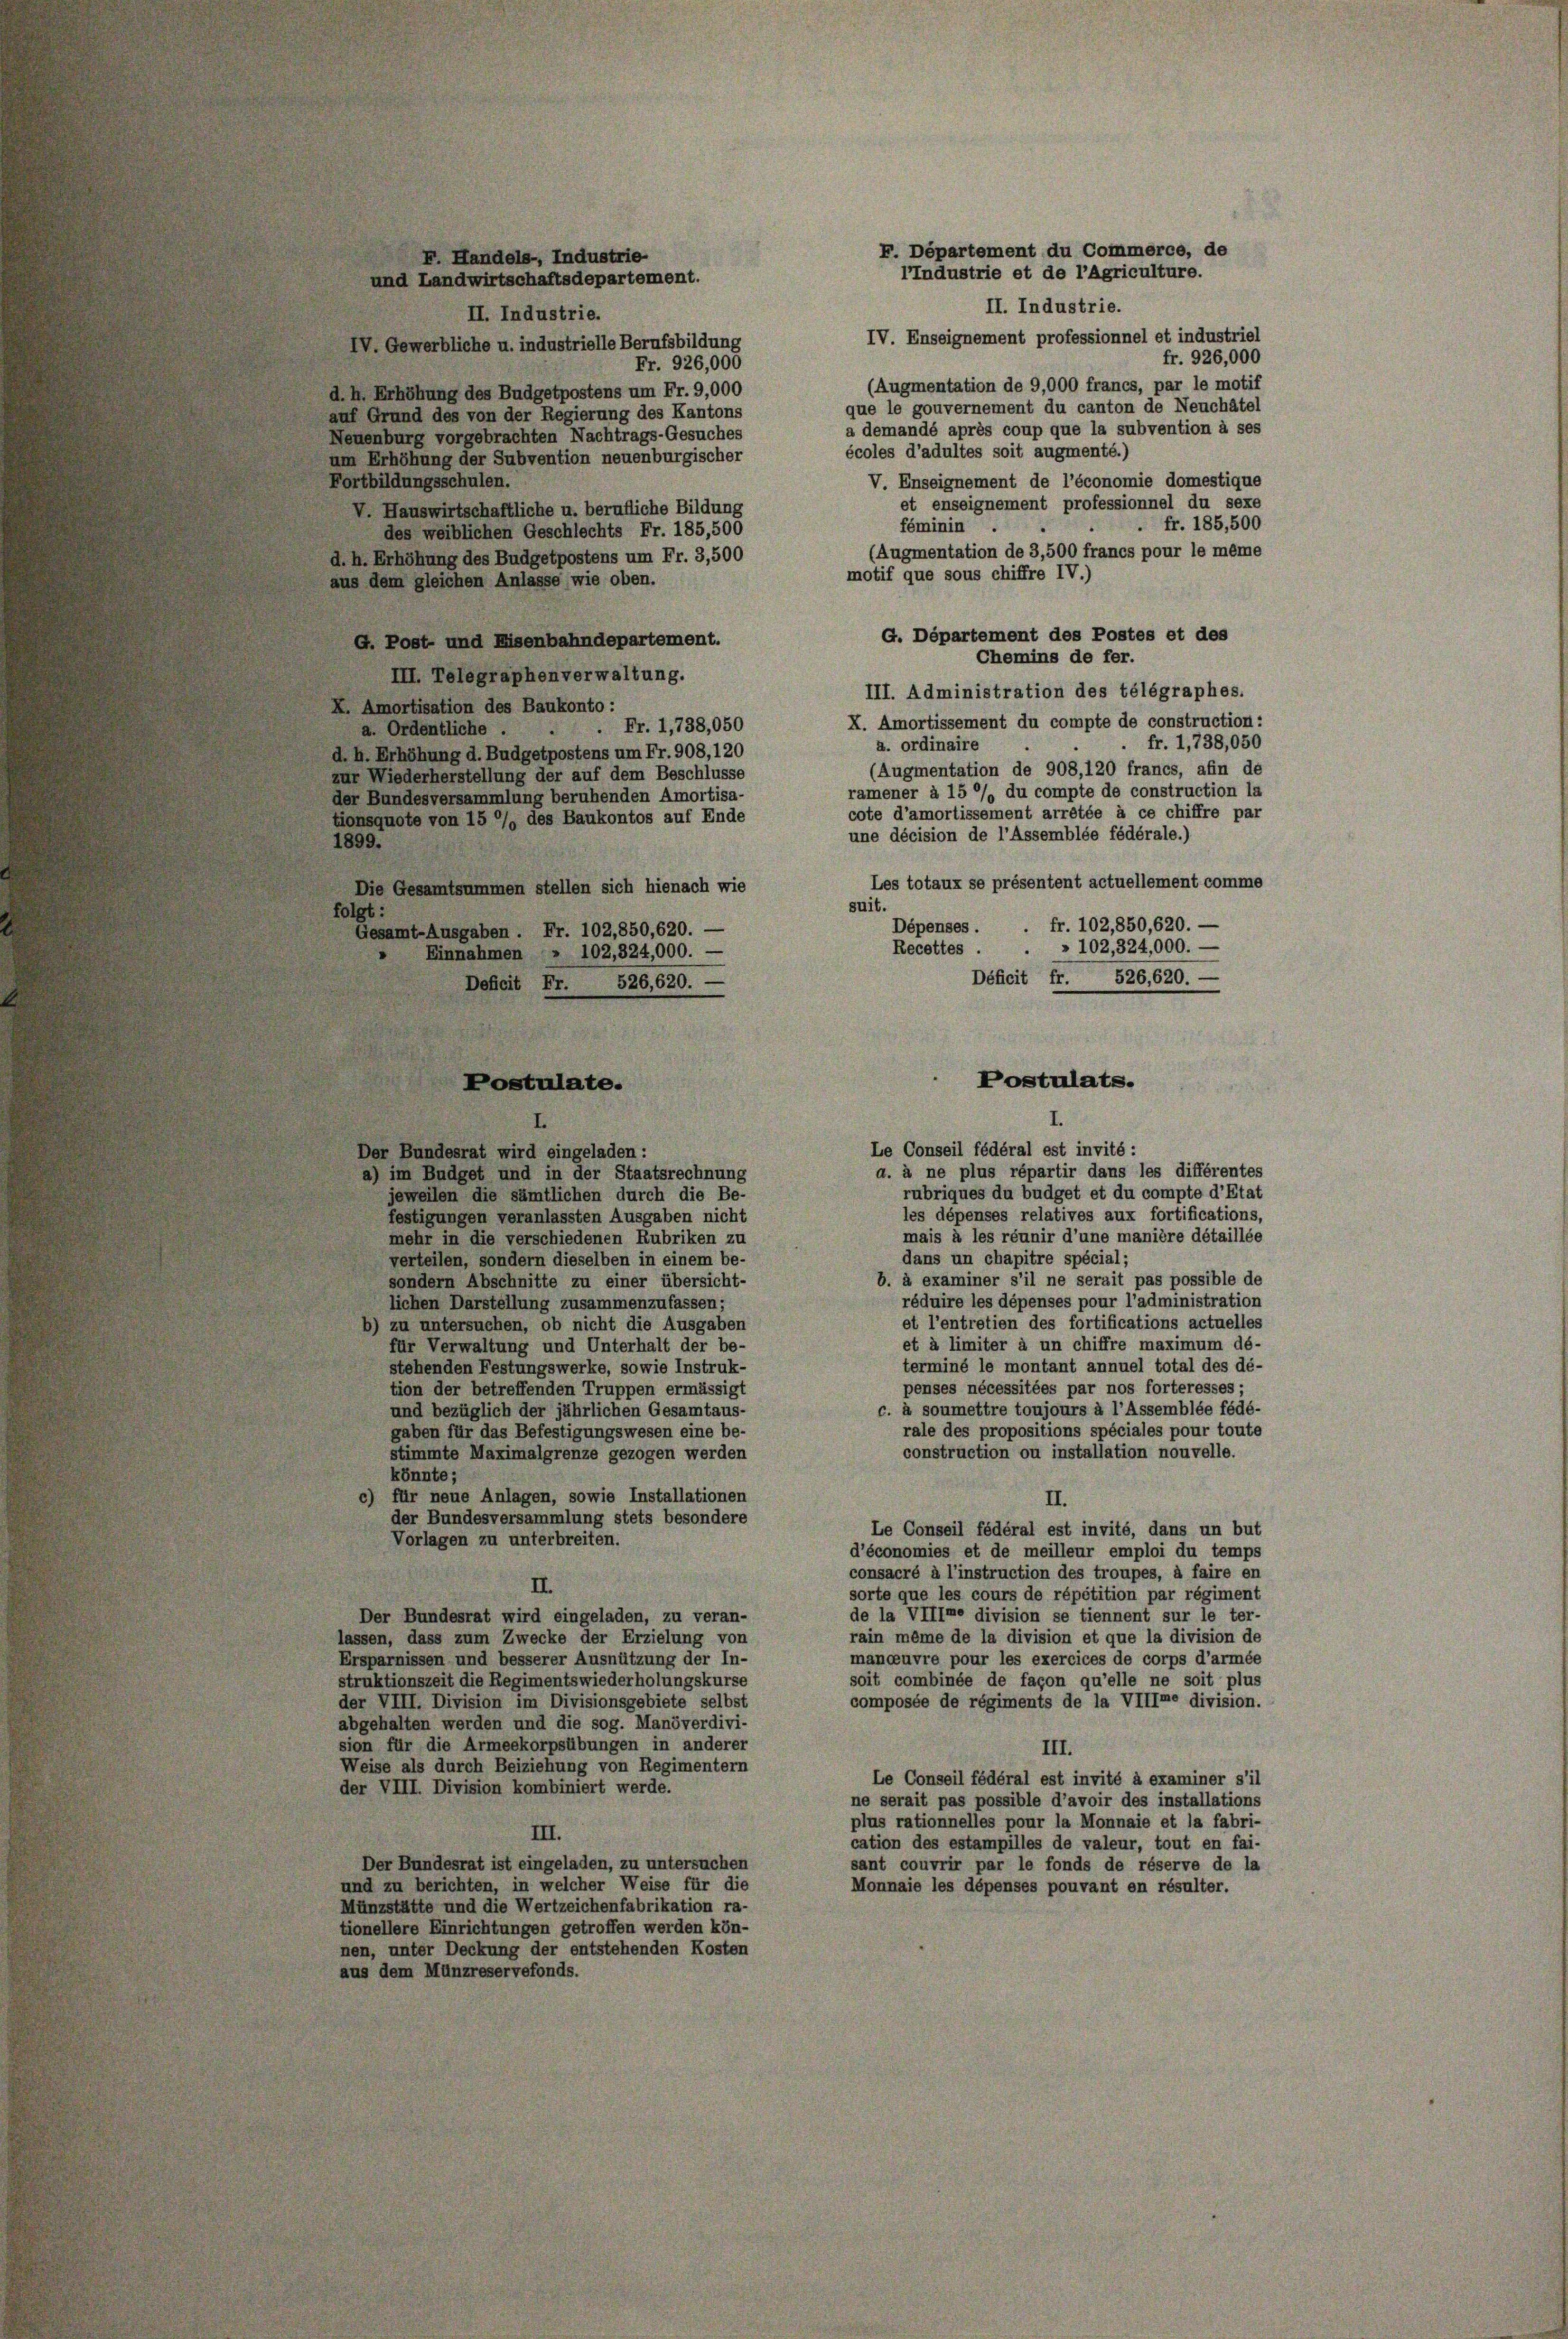
F. Handels-, Industrie
und Landwirtschaftsdepartement.
II. Industrie.
II. Industrie.
IV. Enseignement professionnel et industries
IV. Gewerbliche u. industrielle Berufsbildung
fr. 926,000
Fr. 926,000
(Augmentation de 9,000 francs, par le motif
d. h. Erhöhung des Budgetpostens um Fr. 9,000
que le gouvernement du canton de Neuchâtel
auf Grund des von der Regierung des Kantons
a demandé après coup que la subvention à ses
Neuenburg vorgebrachten Nachtrags-Gesuches
écoles d’adultes soit augmenté.)
um Erhöhung der Subvention neuenburgischer
Fortbildungsschulen.
V. Enseignement de l’économie domestique
et enseignement professionnel du sexe
V Hauswirtschaftliche u. berufliche Bildung
fr. 185,500
féminin
des weiblichen Geschlechts Fr. 185,500
(Augmentation de 3,500 francs pour le même
d. h. Erhöhung des Budgetpostens um Fr. 3,500
motif que sous chiffre IV.)
aus dem gleichen Anlasse wie oben.
G. Département des Postes et des
G. Post- und Eisenbahndepartement.
Chemins de fer.
III. Telegraphenverwaltung.
III. Administration des télégraphes.
X. Amortisation des Baukonto :
X. Amortissement du compte de construction
 Fr. 1,738,050
a. Ordentliche .
fr. 1,738,050
a. ordinaire
d. h. Erhöhung d. Budgetpostens um Fr. 908, 120
(Augmentation de 908, 120 francs, afin de
zur Wiederherstellung der auf dem Beschlüsse
ramener à 15 %% du compte de construction la
der Bundesversammlung beruhenden Amortisa-
cote d’amortissement arretée à ce chiffre pa
tionsquote von 15 %% des Baukontos auf Ende
une décision de l’Assemblée fédérale.)
1899.
Les totaux se présentent actuellement comme
Die Gesamtsummen stellen sich hienach wie
suit.
folgt:
Dépenses . . fr. 102,850, 620. —
Gesamt-Ausgaben. Fr. 102,850, 620. —
» 102, 324,000. —
Recettes.
Einnahmen » 102,324,000. —
Déficit fr. 526,620. —
Deficit Fr. 526,620. —
Postulats.
Postulate.
Le Conseil fédéral est invité:
Der Bundesrat wird eingeladen :
a. à ne plus répartir dans les différentes
a) im Budget und in der Staatsrechnung
rubriques du budget et du compte d’Etat
jeweilen die sämtlichen durch die Be-
les dépenses relatives aux fortifications
festigungen veranlassten Ausgaben nicht
mais à les réunir d’une manière détaillée
mehr in die verschiedenen Rubriken zu
dans un chapitre spécial;
verteilen, sondern dieselben in einem be-
b. à examiner s’il ne serait pas possible de
sondern Abschnitte zu einer übersicht-
réduire les dépenses pour l’administration
lichen Darstellung zusammenzufassen;
et l’entretien des fortifications actueller
b) zu untersuchen, ob nicht die Ausgaben
et à limiter à un chiffre maximum dé-
für Verwaltung und Unterhalt der be-
terminé le montant annuel total des dé
stehenden Festungswerke, sowie Instruk-
penses nécessitées par nos forteresses;
tion der betreffenden Truppen ermässigt
c. à soumettre toujours à l’Assemblée fédé
und bezüglich der jährlichen Gesamtaus-
rale des propositions spéciales pour tout,
gaben für das Befestigungswesen eine be-
construction ou installation nouvelle.
stimmte Maximalgrenze gezogen werden
könnte;
c) für neue Anlagen, sowie Installationen
II.
der Bundesversammlung stets besondere
Le Conseil fédéral est invité, dans un bu
Vorlagen zu unterbreiten.
d’économies et de meilleur emploi du temps
consacré à l’instruction des troupes, à faire ei
II.
sorte que les cours de répétition par régiment
de la VIIIre division se tiennent sur le ter-
Der Bundesrat wird eingeladen, zu veran-
rain même de la division et que la division de
lassen, dass zum Zwecke der Erzielung von
Ersparnissen und besserer Ausnützung der In-
manoeuvre pour les exercices de corps d’armée
soit combinée de façon qu’elle ne soit plus
struktionszeit die Regimentswiederholungskurse
der VIII. Division im Divisionsgebiete selbst
composée de régiments de la VIIIre division.
abgehalten werden und die sog. Manöverdivi-
sion für die Armeekorpsübungen in anderer
III.
Weise als durch Beiziehung von Regimentern
Le Conseil fédéral est invité à examiner s’i
der VIII. Division kombiniert werde.
ne serait pas possible d’avoir des installation
plus rationnelles pour la Monnaie et la fabri-
III.
cation des estampilles de valeur, tout en fai-
Der Bundesrat ist eingeladen, zu untersuchen
sant couvrir par le fonds de réserve de la
und zu berichten, in welcher Weise für die
Monnaie les dépenses pouvant en résulter.
Münzstätte und die Wertzeichenfabrikation ra-
tionellere Einrichtungen getroffen werden kön-
nen, unter Deckung der entstehenden Kosten
aus dem Münzreservefonds.

F. Departement du Commerce, de
IIndustrie et de l’Agriculture.